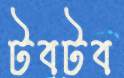
টবটব